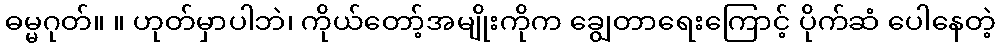
ဓမ္မဂုတ်။ ။ ဟုတ်မှာပါဘဲ၊ ကိုယ်တော့်အမျိုးကိုက ချွေတာရေးကြောင့် ပိုက်ဆံ ပေါနေတဲ့